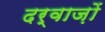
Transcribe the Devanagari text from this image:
दर्वाज़ों